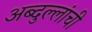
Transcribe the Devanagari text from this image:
अब्दुल्लांची